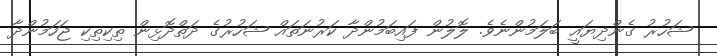
ޝަހުރު ގެންދިޔައީ ބަލަމުންނެވެ. ލޮލުން ފައިބަމުންދާ ކަރުނަތައް ޝަހުރުގެ ދަތްދޮޅިން ތިކިތިކި ޖަހަމުންދާ